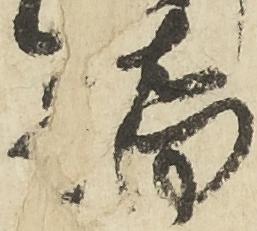
橋